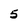
Character: 5